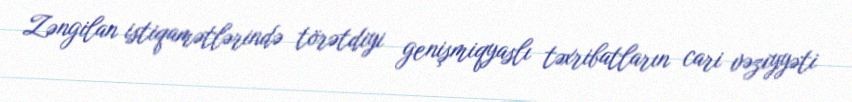
Zəngilan istiqamətlərində törətdiyi genişmiqyaslı təxribatların cari vəziyyəti